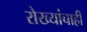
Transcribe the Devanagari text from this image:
रोख्यांचाही